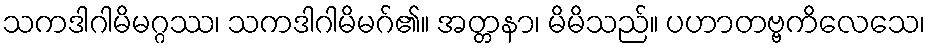
သကဒါဂါမိမဂ္ဂဿ၊ သကဒါဂါမိမဂ်၏။ အတ္တနာ၊ မိမိသည်။ ပဟာတဗ္ဗကိလေသေ၊